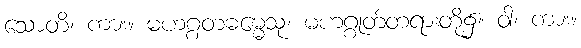
သောတိ၊ ကား။ မဟဂ္ဂတဓမ္မေသု၊ မဟဂ္ဂုတ်တရားတို့၌။ ဝါ၊ ကား။